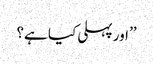
’’اور پہلی کیا ہے؟